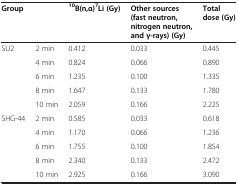
<table><thead><tr><td colspan="2"><b>Group</b></td><td><b><sup>10</sup>B(n,α)<sup>7</sup>Li (Gy)</b></td><td><b>Other sources (fast neutron, nitrogen neutron, and γ-rays) (Gy)</b></td><td><b>Total dose (Gy)</b></td></tr></thead><tbody><tr><td rowspan="5">SU2</td><td>2 min</td><td>0.412</td><td>0.033</td><td>0.445</td></tr><tr><td>4 min</td><td>0.824</td><td>0.066</td><td>0.890</td></tr><tr><td>6 min</td><td>1.235</td><td>0.100</td><td>1.335</td></tr><tr><td>8 min</td><td>1.647</td><td>0.133</td><td>1.780</td></tr><tr><td>10 min</td><td>2.059</td><td>0.166</td><td>2.225</td></tr><tr><td rowspan="4">SHG-44</td><td>2 min</td><td>0.585</td><td>0.033</td><td>0.618</td></tr><tr><td>4 min</td><td>1.170</td><td>0.066</td><td>1.236</td></tr><tr><td>6 min</td><td>1.755</td><td>0.100</td><td>1.854</td></tr><tr><td>8 min</td><td>2.340</td><td>0.133</td><td>2.472</td></tr><tr><td> </td><td>10 min</td><td>2.925</td><td>0.166</td><td>3.090</td></tr></tbody></table>